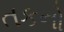
તકનો